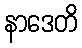
နာဒေတိ